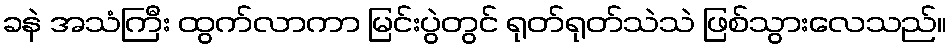
ခနဲ အသံကြီး ထွက်လာကာ မြင်းပွဲတွင် ရုတ်ရုတ်သဲသဲ ဖြစ်သွားလေသည်။